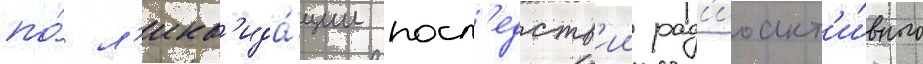
по́ л'икв'ида́ции посл'едств'ии рад'иоакт'и́вного